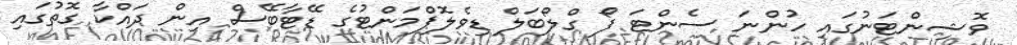
ވޮޝިންޓަނުގައި ހުންނަ ސެންޓަ ފޯ ގްލޯބަލް ޑިވެލޮޕްމަންޓުގެ ޑޭޓާބޭސް އިން ދައްކާ ގޮތުގައި